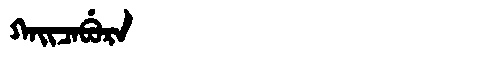
Manchu: ᡴᠠᡳᠴᠠᠪᡠᡵᠠ
Romanization: KAICABURA